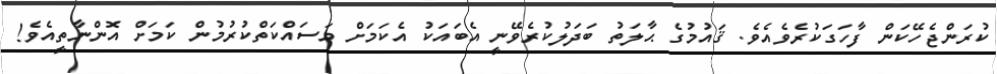
ކުރަންޖެހޭކަން ފާހަގަކުރެވެއެވެ. ޤައުމުގެ ޙާލަތު ބަދަލުކުރެވޭނީ އެބައަކު އެކަމަށް މަސައްކަތްކުރުމުން ކަމަށް އޮންނާތީއެވެ!